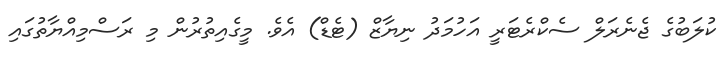
ކުލަބުގެ ޖެނެރަލް ސެކްރެޓަރީ އަހުމަދު ނިޔާޒް (ޓެޑް) އެވެ. މީގެއިތުރުން މި ރަސްމިއްޔާތުގައި